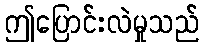
ဤပြောင်းလဲမှုသည်